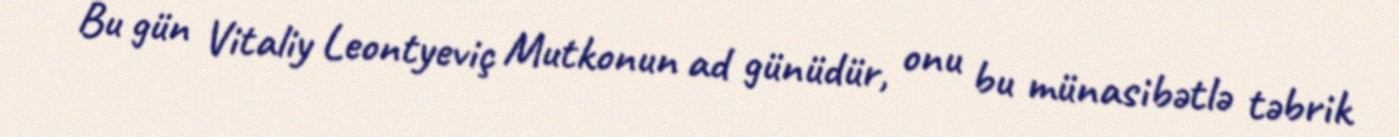
Bu gün Vitaliy Leontyeviç Mutkonun ad günüdür, onu bu münasibətlə təbrik